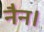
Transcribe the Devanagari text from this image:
नैन।